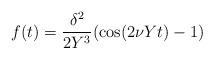
LaTeX: \begin{align*}f(t) = {{\delta^2} \over {2Y^3}} (\cos(2\nu Y t) - 1) \end{align*}